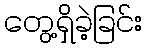
တွေ့ရှိခဲ့ခြင်း